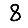
Digit: 8